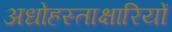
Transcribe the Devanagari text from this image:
अधोहस्ताक्षारियों